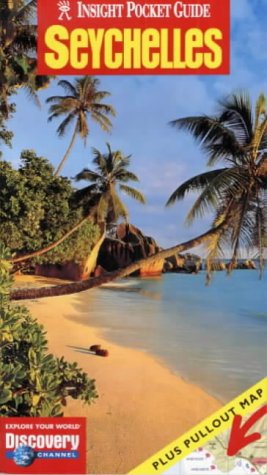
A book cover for Seychelles Insight Pocket Guide; Travel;